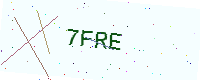
Text: 7FRE